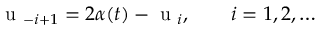
\mathrm { ~ u ~ } _ { - i + 1 } = 2 \alpha ( t ) - \mathrm { ~ u ~ } _ { i } , \qquad i = 1 , 2 , \ldots